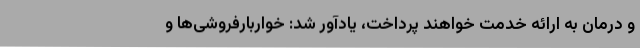
و درمان به ارائه خدمت خواهند پرداخت، یادآور شد: خواربارفروشی‌ها و